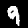
Digit: 9